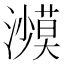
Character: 𰝥